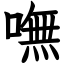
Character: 嘸